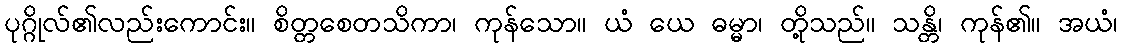
ပုဂ္ဂိုလ်၏လည်းကောင်း။ စိတ္တစေတသိကာ၊ ကုန်သော။ ယံ ယေ ဓမ္မာ၊ တို့သည်။ သန္တိ၊ ကုန်၏။ အယံ၊